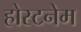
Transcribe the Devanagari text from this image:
होस्टनेम